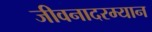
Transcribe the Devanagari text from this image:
जीवनादरम्यान